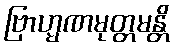
ဗြာဟ္မဏမုတ္တမန္တိ